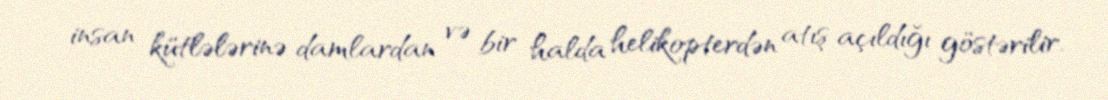
insan kütlələrinə damlardan və bir halda helikopterdən atış açıldığı göstərilir.